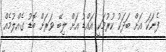
ފެނަކަ އަށް ބަދަކު ކުރުމަކީ އައްޑު އަށް ލިބޭ ވަރަށް ބޮޑު ގެއްލުމެއް